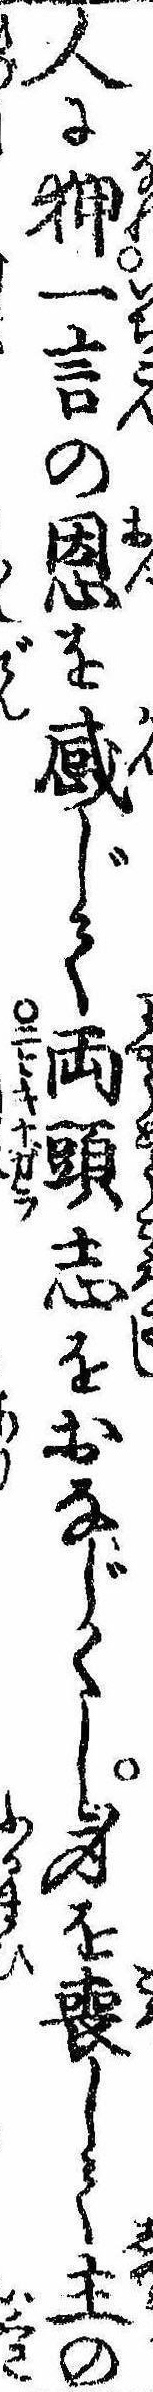
人に狎一言の恩を感じて両頭志をおなじくし身を喪して主の